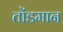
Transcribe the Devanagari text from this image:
तोंडमान